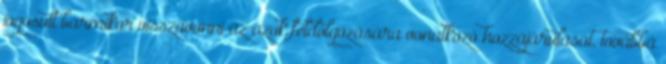
jogosult bármikor visszavonni az azok feldolgozására vonatkozó hozzájárulását, továbbá